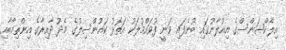
އިލެކްޝަންސްގެ އިއުލާނުގައި ބުނެފައި ވަނީ ފުވައްމުލަކު އަތޮޅު ކައުންސިލުގެ މެދު ދާއިރާގެ އިންތިހާބާއި